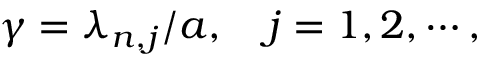
\gamma = \lambda _ { n , j } / a , \quad j = 1 , 2 , \cdots ,